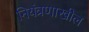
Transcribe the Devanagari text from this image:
नियंत्रणाखील